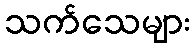
သက်သေများ